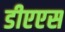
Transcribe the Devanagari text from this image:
डीएएस